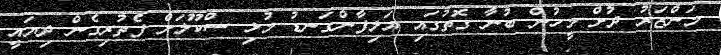
މަންޒަރު ދުށް މީހުން ބުނާ ގޮތުގައި އަލިފާންގަނޑު މުޅި ސްކޫލަށް ފެތުރިގެން ދިޔައީ